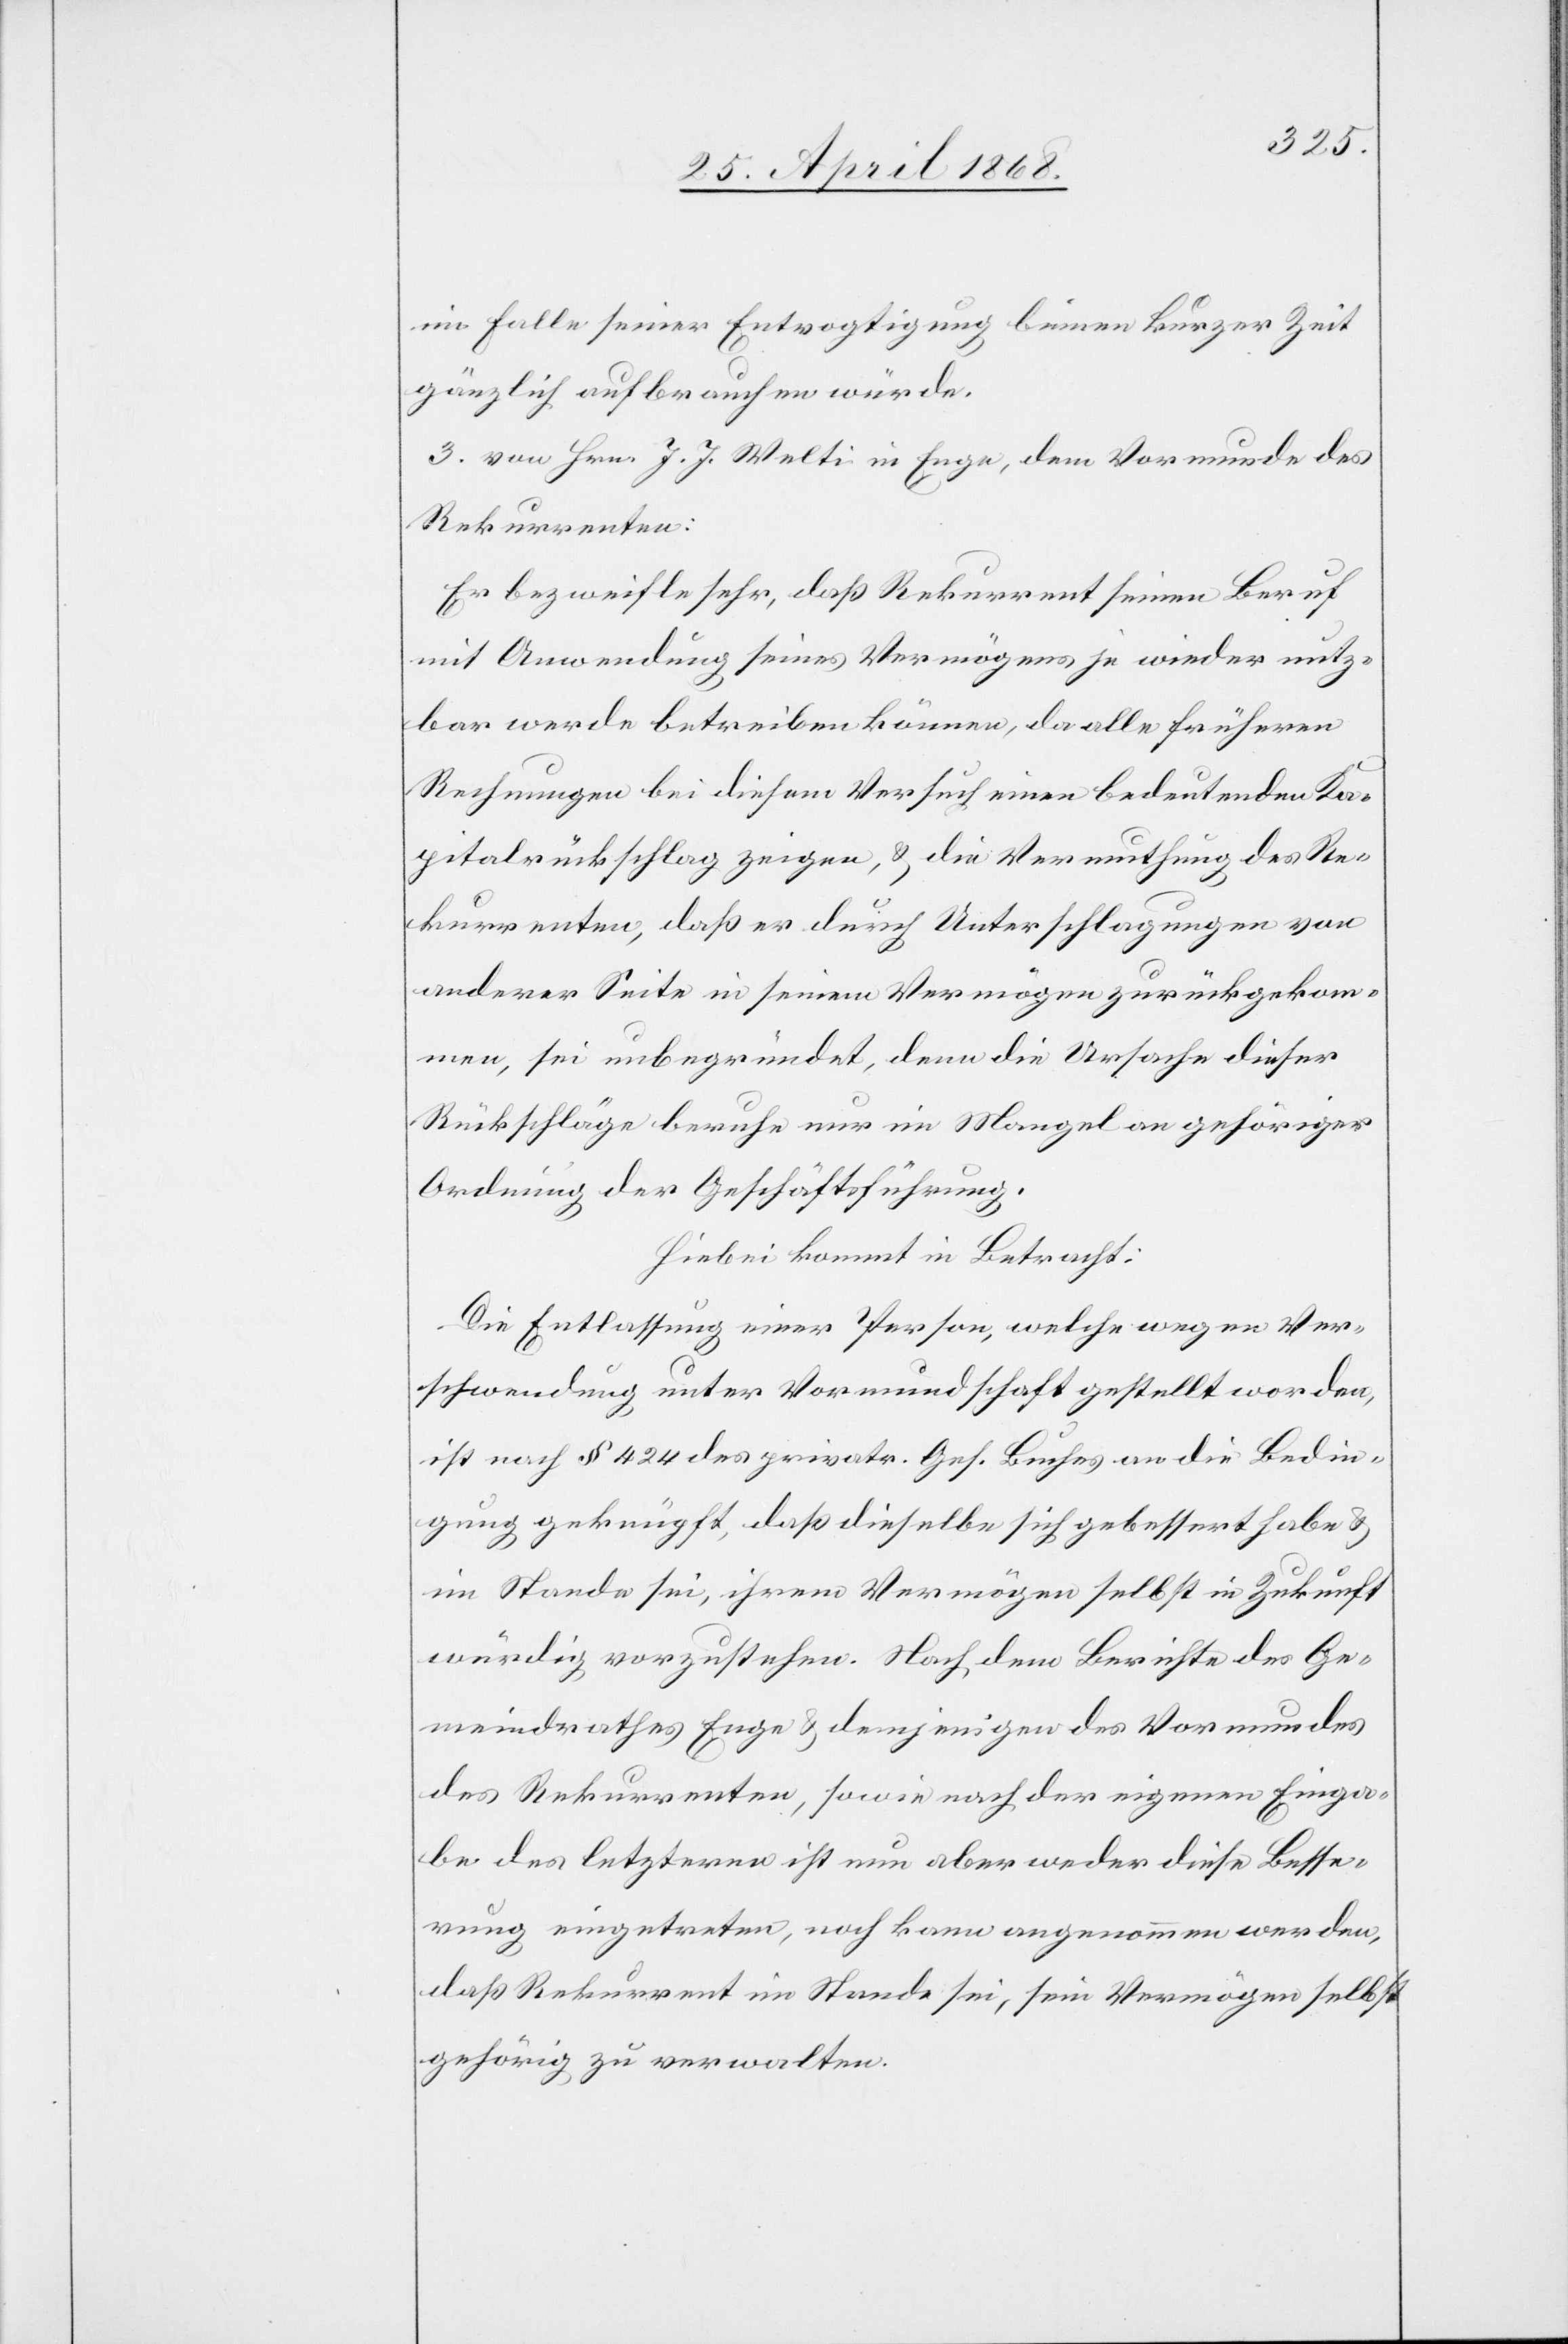
im Falle seiner Entvogtigung binnen kurzer Zeit
gänzlich aufbrauchen würde.
3. von Hrn. J. J. Welti in Enge, dem Vormunde des
Rekurrenten:
Er bezweifle sehr, daß Rekurrent seinen Beruf
mit Anwendung seines Vermögens je wieder nutz¬
bar werde betreiben können, da alle früheren
Rechnungen bei diesem Versuch einen bedeutenden Ka¬
pitalrückschlag zeigen, & die Vermuthung des Re¬
kurrenten, daß er durch Unterschlagungen von
anderer Seite in seinem Vermögen zurückgekom¬
men, sei unbegründet, denn die Ursache dieser
Rückschläge beruhe nur im Mangel an gehöriger
Ordnung der Geschäftsführung.
Hiebei kommt in Betracht:
Die Entlassung einer Person, welche wegen Ver¬
schwendung unter Vormundschaft gestellt worden,
ist nach § 424 des privatr. Ges. Buches an die Bedin¬
gung geknüpft, daß dieselbe sich gebessert habe &
im Stande sei, ihrem Vermögen selbst in Zukunft
würdig vorzustehen. Nach dem Berichte des Ge¬
meindrathes Enge & demjenigen des Vormundes
des Rekurrenten, sowie nach der eigenen Einga¬
be des letzteren ist nun aber weder diese Besse¬
rung eingetreten, noch kann angenommen werden,
daß Rekurrent im Stande sei, sein Vermögen selbst
gehörig zu verwalten.